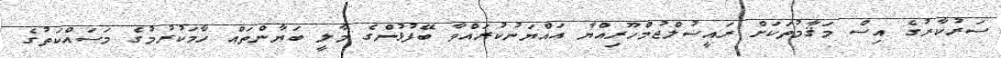
ސަރުކާރުގެ އިސް މަޤާމުތަކަށް ރައީސުލްޖުމްހޫރިއްޔާ އައްޔަނުކުރައްވާ ބޭފުޅުންގެ މާލީ ބަޔާންތައް ހާމަކުރުމުގެ މަސައްކަތުގެ